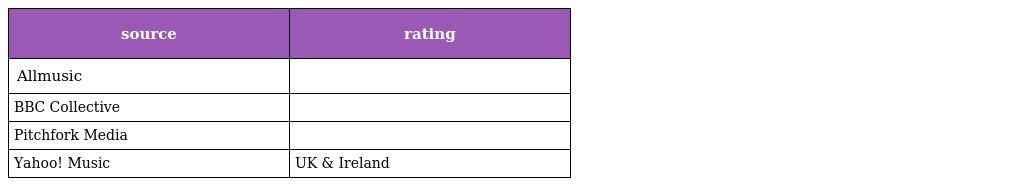
| source | rating |
 | --- | --- |
 | Allmusic |  |
 | BBC Collective |  |
 | Pitchfork Media |  |
 | Yahoo! Music | UK & Ireland |